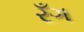
રઁગ